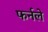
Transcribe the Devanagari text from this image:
फर्नले